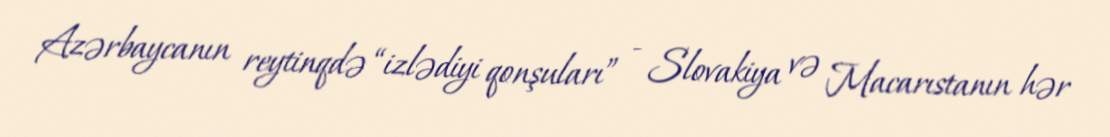
Azərbaycanın reytinqdə “izlədiyi qonşuları” - Slovakiya və Macarıstanın hər